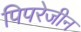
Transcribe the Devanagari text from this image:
पिपरेजीन